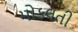
મોકલતી